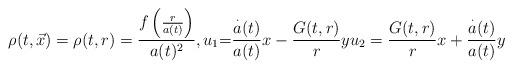
LaTeX: \begin{align*}\rho(t,\vec{x})=\rho(t,r)=\frac{f\left( \frac{r}{a(t)}\right) }{a(t)^{2}},{\normalsize u}_{1}{\normalsize =}\frac{\overset{\cdot}{a}(t)}{a(t)}x-\frac{G(t,r)}{r}yu_{2}=\frac{G(t,r)}{r}x+\frac{\overset{\cdot}{a}(t)}{a(t)}y \end{align*}